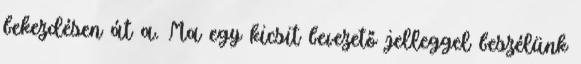
bekezdésen át a. Ma egy kicsit bevezető jelleggel beszélünk